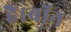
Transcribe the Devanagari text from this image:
है।बॉन